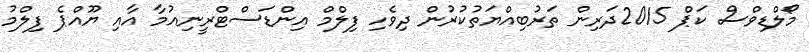
މޯލްޑިވްސް ކަޕް 2015ދަރިން ތަރުބިއްޔަތުކުރުން ދިވެހި ފިލްމް އިންޑަސްޓްރީނިއުމާ އާއި ޔޫއްޕެ ފިލްމު